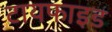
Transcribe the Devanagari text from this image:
टायफाइड